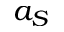
a _ { S }